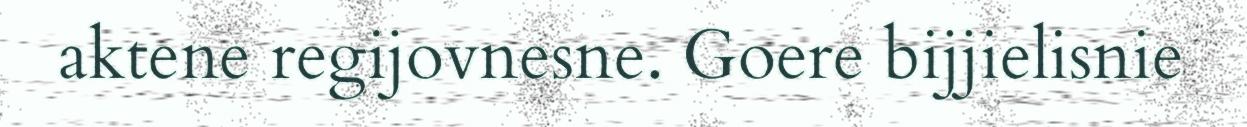
aktene regijovnesne. Goere bijjielisnie